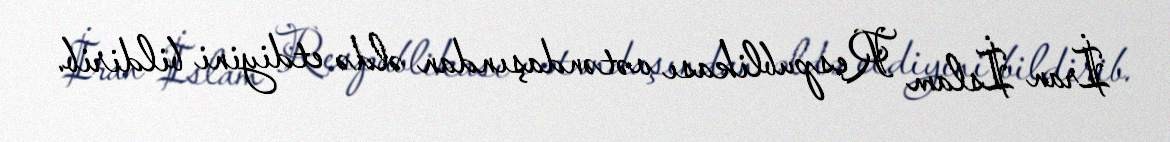
İran İslam Respublikası vətəndaşından əldə etdiyini bildirib.